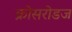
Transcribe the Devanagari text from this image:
क्रोसरोडज